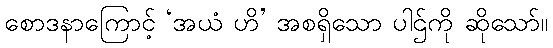
စောဒနာကြောင့် ‘အယံ ဟိ’ အစရှိသော ပါဌ်ကို ဆိုသော်။